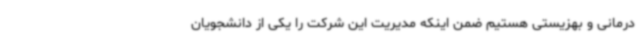
درمانی و بهزیستی هستیم ضمن اینکه مدیریت این شرکت را یکی از دانشجویان